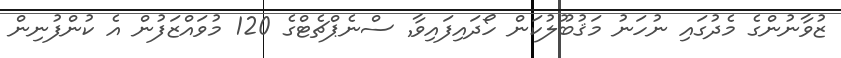
ޒުވާނުންގެ މެދުގައި ނުހަނު މަޤުބޫލުކަން ހޯދައިފައިވާ